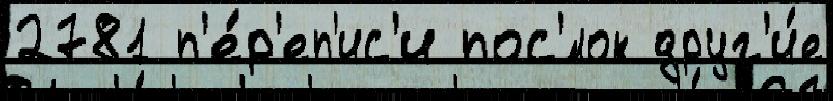
2781 п'е́р'еп'ис'и пос'́лок друг'и́е